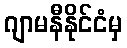
ဂျာမနီနိုင်ငံမှ